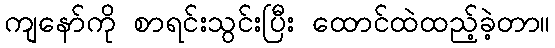
ကျနော်ကို စာရင်းသွင်းပြီး ထောင်ထဲထည့်ခဲ့တာ။